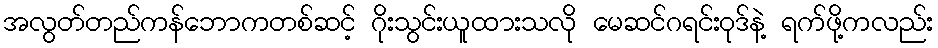
အလွတ်တည်ကန်ဘောကတစ်ဆင့် ဂိုးသွင်းယူထားသလို မေဆင်ဂရင်းဝုဒ်နဲ့ ရက်ဖို့ကလည်း